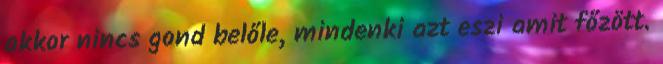
akkor nincs gond belőle, mindenki azt eszi amit főzött.